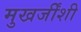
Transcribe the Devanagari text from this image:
मुखर्जींशी